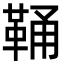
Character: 𩊾